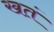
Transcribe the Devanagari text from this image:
खतं